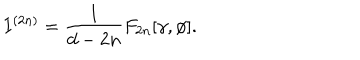
I ^ { ( 2 n ) } = \frac { l } { d - 2 n } F _ { 2 n } [ \gamma , \phi ] .